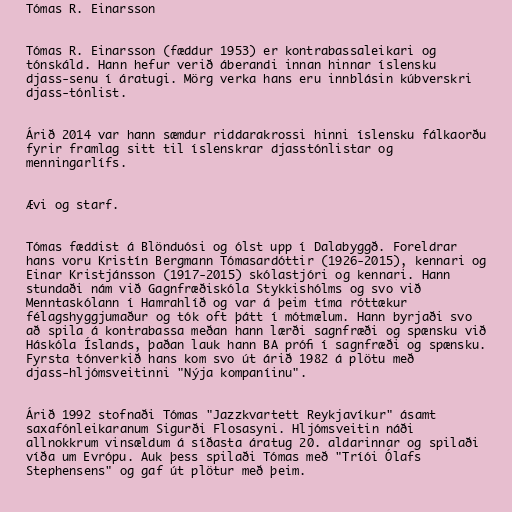
Tómas R. Einarsson

Tómas R. Einarsson (fæddur 1953) er kontrabassaleikari og
tónskáld. Hann hefur verið áberandi innan hinnar íslensku
djass-senu í áratugi. Mörg verka hans eru innblásin kúbverskri
djass-tónlist.

Árið 2014 var hann sæmdur riddarakrossi hinni íslensku fálkaorðu
fyrir framlag sitt til íslenskrar djasstónlistar og
menningarlífs.

Ævi og starf.

Tómas fæddist á Blönduósi og ólst upp í Dalabyggð. Foreldrar
hans voru Kristín Bergmann Tómasardóttir (1926-2015), kennari og
Einar Kristjánsson (1917-2015) skólastjóri og kennari. Hann
stundaði nám við Gagnfræðiskóla Stykkishólms og svo við
Menntaskólann í Hamrahlíð og var á þeim tíma róttækur
félagshyggjumaður og tók oft þátt í mótmælum. Hann byrjaði svo
að spila á kontrabassa meðan hann lærði sagnfræði og spænsku við
Háskóla Íslands, þaðan lauk hann BA prófi í sagnfræði og spænsku.
Fyrsta tónverkið hans kom svo út árið 1982 á plötu með
djass-hljómsveitinni "Nýja kompaníinu".

Árið 1992 stofnaði Tómas "Jazzkvartett Reykjavíkur" ásamt
saxafónleikaranum Sigurði Flosasyni. Hljómsveitin náði
allnokkrum vinsældum á síðasta áratug 20. aldarinnar og spilaði
víða um Evrópu. Auk þess spilaði Tómas með "Tríói Ólafs
Stephensens" og gaf út plötur með þeim.